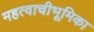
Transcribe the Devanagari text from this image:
महत्वाचीभूमिका